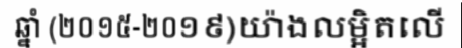
ឆ្នាំ (២០១៥-២០១៩)យ៉ាងលម្អិតលើ